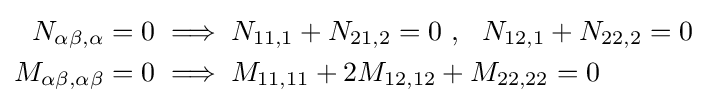
{\begin{aligned}N_{\alpha \beta ,\alpha }&=0\implies N_{11,1}+N_{21,2}=0~,~~N_{12,1}+N_{22,2}=0\\M_{\alpha \beta ,\alpha \beta }&=0\implies M_{11,11}+2M_{12,12}+M_{22,22}=0\end{aligned}}